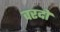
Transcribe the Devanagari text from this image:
वरदो